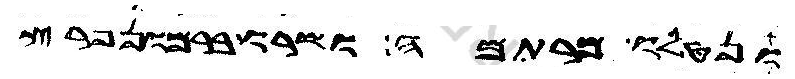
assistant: ונטלו מרתמה ושרו ברמון פרץ